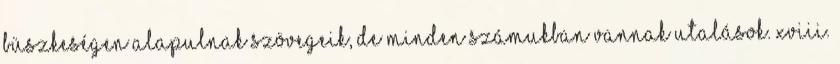
büszkeségen alapulnak szövegeik, de minden számukban vannak utalások. XVIII.